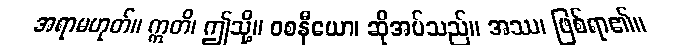
အရာမဟုတ်။ ဣတိ၊ ဤသို့။ ဝစနီယော၊ ဆိုအပ်သည်။ အဿ၊ ဖြစ်ရာ၏။